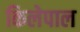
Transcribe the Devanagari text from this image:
किलेपाल